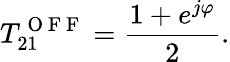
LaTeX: T_{21}^{\mathrm{~O~F~F~}}=\frac{1+e^{j\varphi}}{2}.